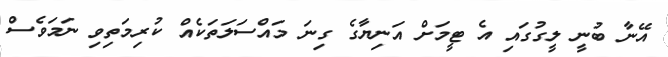
އޭނާ ބުނީ ލީގުގައި އެ ޓީމަށް އަނިޔާގެ ގިނަ މައްސަލަތަކެއް ކުރިމަތިވި ނަމަވެސް